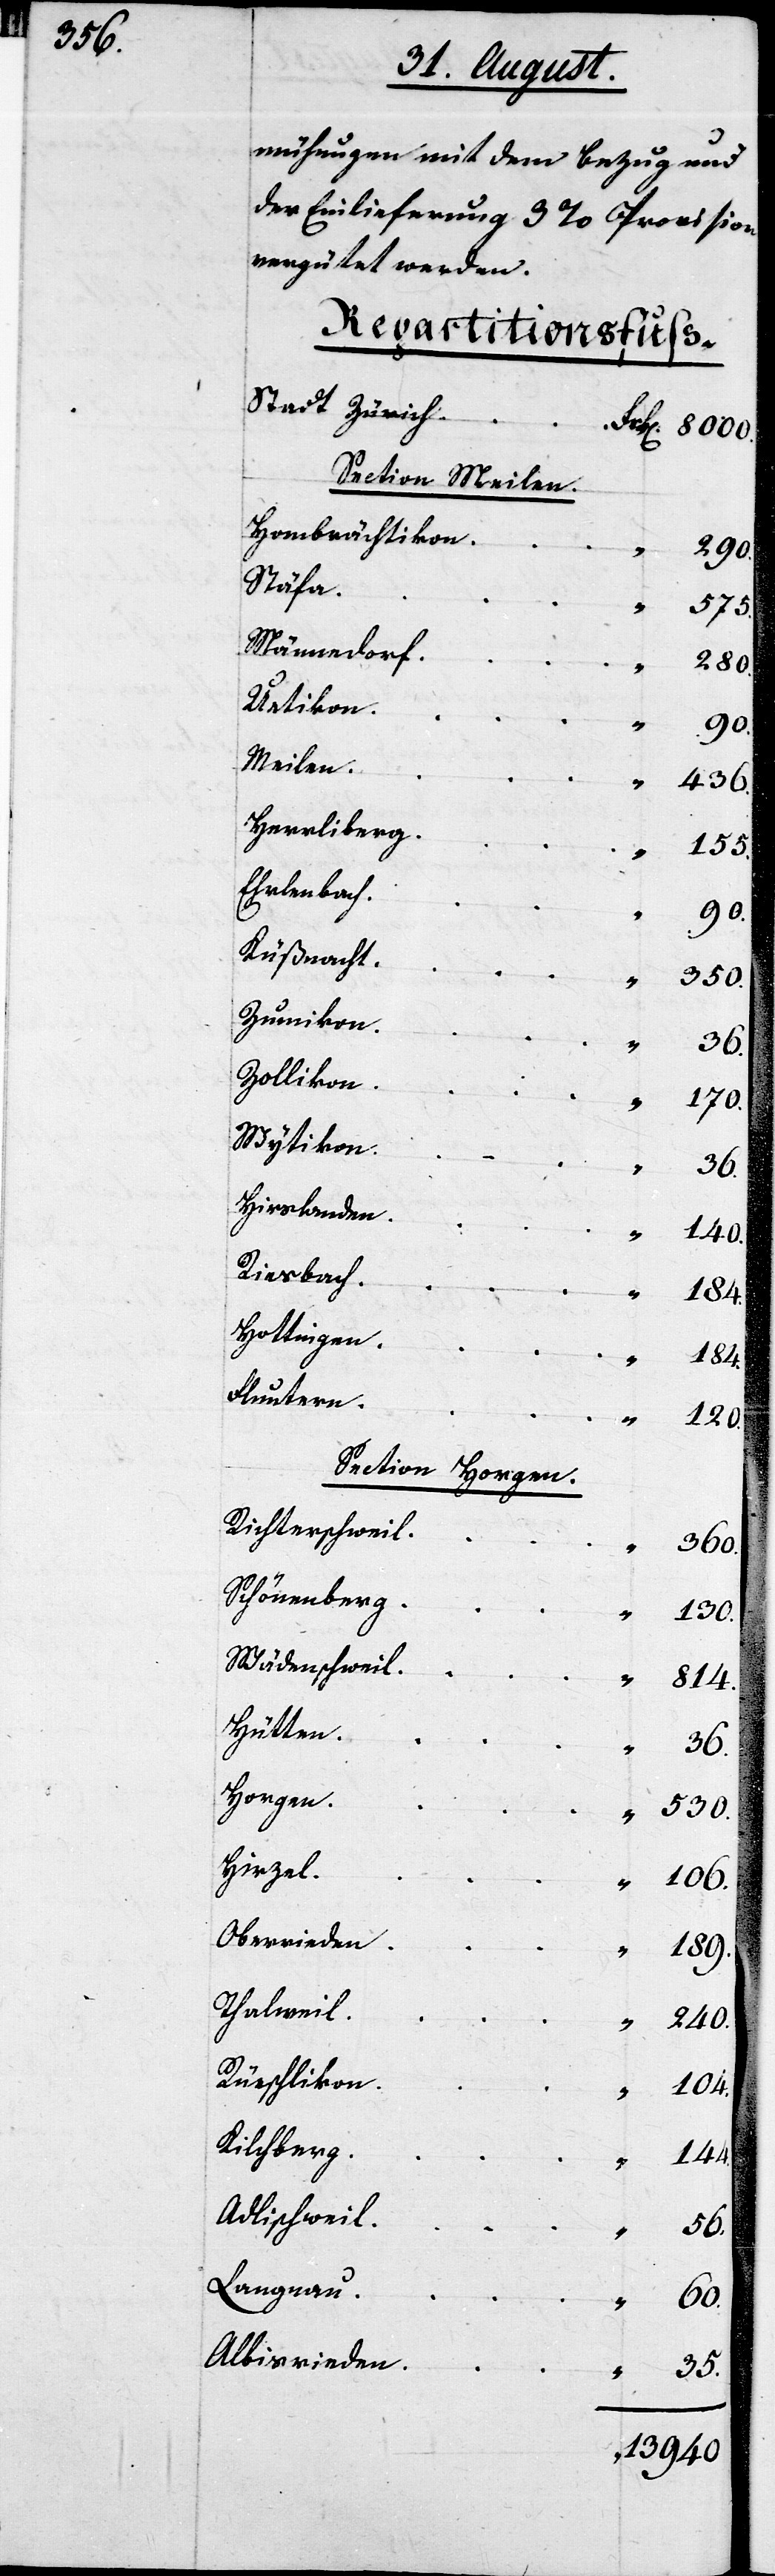
mühungen mit dem Bezug und
der Einlieferung 3 % Pr¬
vergütet werden.
Repartitionsfuß.
Section Meilen.
Hombrächtikon
Stäfa
Männedorf
Uetikon
Meilen
Herrliberg
Ehrlenbach
Küßnacht
Zumikon
Zollikon
Wytikon
Hirslanden
Riesbach
Hottingen
Fluntern
Section Horgen.
Richterschweil
Schönenberg
Wädenschweil
Hütten
Horgen
Hirzel
Oberrieden
Thalwil
Rüschlikon
Kilchberg
Adlischweil
Langnau
Albisrieden